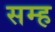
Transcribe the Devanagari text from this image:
सम्ह